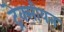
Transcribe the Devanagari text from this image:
ट्रेक्सीयन